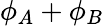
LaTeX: \phi_{A}+\phi_{B}